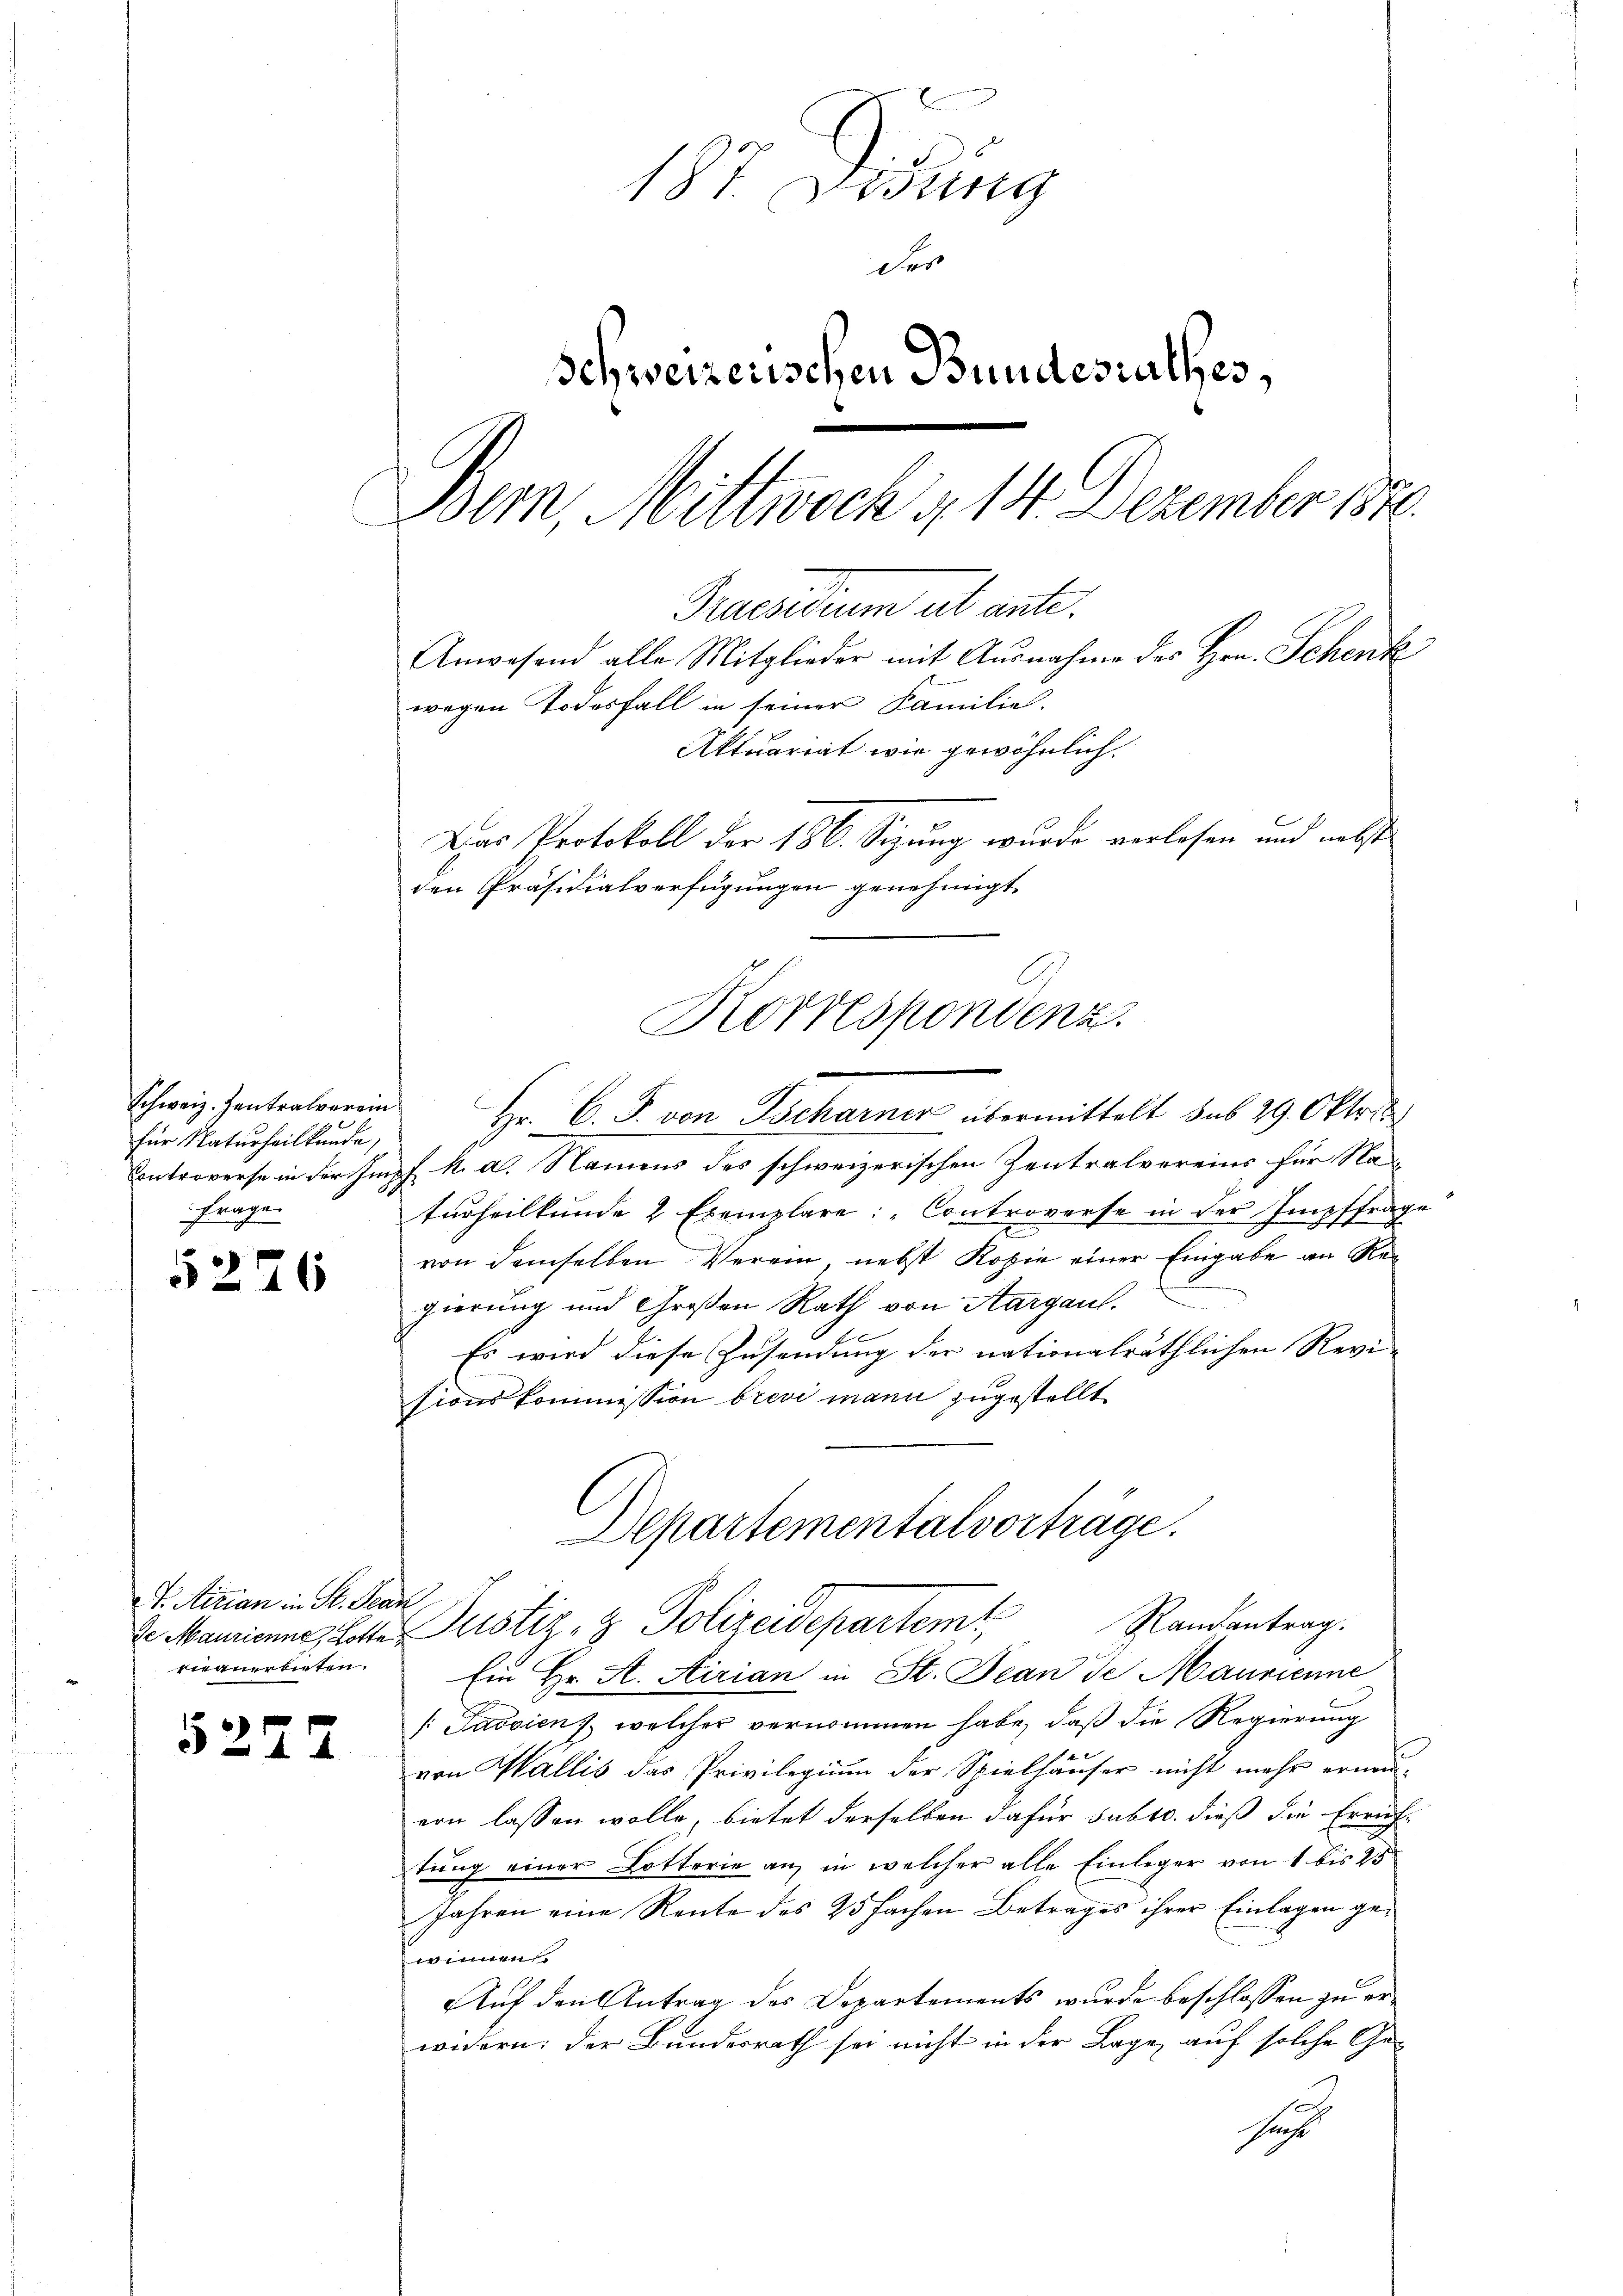
Schweiz. Zentralverein
für Staturheilkunde,
Frage

5226

V. Mirian in St. Jean
vianerbieten.

§ 25

2

187. Denung
des
Schweizerischen Bundesrathes,
Bern, Mittwoch § 14. Dezember 1878.
Praesiduum ab ante.
Anwesend alle Mitglieder mit Ausnahme des Hrn. Schenk
wegen Todesfall in seiner Familiel-
Aktuariat wie gewöhnlich
Das Protokoll der 186. Sizung wurde vorlesen und nebst
den Präsidialverfügungen genehmigt.

Hr. C. J. von Tscharner übermittelt sub 29. Okt.
Controverse in der Impf k. a. Namens des schweizerischen Zentralvereins für Nac
turheilkunde 2 Exemplare: "Controverse in der Impffrage
von demselben Verein, nebst Kopie einer Eingabe an Rei
gierung und Großen Rath von Aargau.
Es wird diese Zusendung der nationalräthlichen Revi-
sionskommission brevi mann zugestellt
Departementalvorträge.
Se Mauriannes Lotter Justiz- & Polizeidepartem Randantrag.
Ein Hr. A. Airian in St. Jean de Maurienne
[Javvien), welcher vernommen habe, daß die Regierung
x
von Wallis das Privilegium der Spielhäŭser nicht mehr erneuern lassen wolle, bietet derselben dafür subte. dieß die Errichtung einer Lotterie an, in welcher alle Einleger von 1 bis 25
Jahren eine Rente des 25 fachen Betrages ihrer Einlagen gewinnen.
Auf den Antrag des Departements wurde beschlossen zu erwidern: der Bundesrath sei nicht in der Lage auf solche Ges
sache

Korrespondenz.